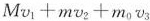
M v _ { 1 } + m v _ { 2 } + m _ { 0 } v _ { 3 }$$